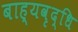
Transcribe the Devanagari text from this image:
बाह्यवृद्धि